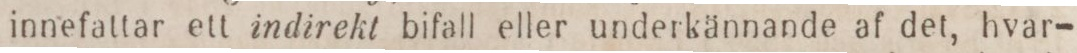
innefattar ett indirekt bifall eller underkännande af det, hvar-